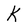
Character: K